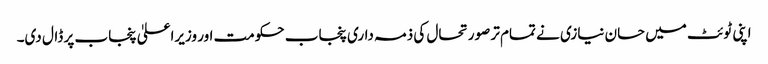
اپنی ٹوئٹ میں حسان نیازی نے تمام تر صورتحال کی ذمہ داری پنجاب حکومت اور وزیراعلیٰ پنجاب پر ڈال دی۔